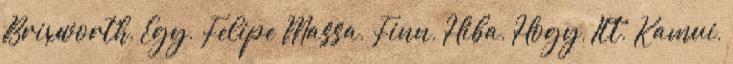
Brixworth, Egy, Felipe Massa, Finn, Hiba, Hogy, Itt, Kamui,